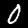
Digit: 0